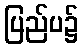
ပြည်ပ၌